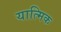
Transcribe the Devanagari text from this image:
यात्मिक